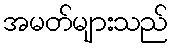
အမတ်များသည်